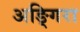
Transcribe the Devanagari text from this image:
अङ्गिरा